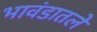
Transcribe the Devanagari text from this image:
भावंडातले